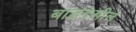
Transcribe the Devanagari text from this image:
बाडदेखील